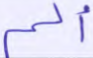
ألم